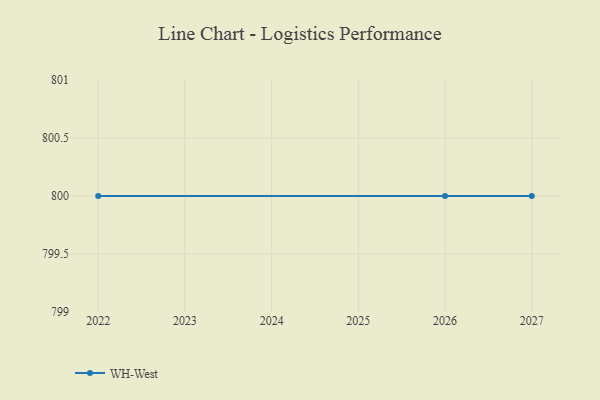
{"axis": {"x": "Year", "y": "Net Income (USD K)"}, "legend": ["WH-West"], "data": [{"x": "2026", "y": 800, "type": "WH-West"}, {"x": "2027", "y": 800, "type": "WH-West"}, {"x": "2022", "y": 800, "type": "WH-West"}]}